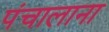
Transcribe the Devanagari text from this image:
पंचालाना